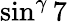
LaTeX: \sin^{\gamma}7